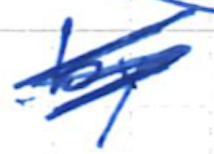
Text: by
Cross-out: scratch
Writing tool: ballpoint